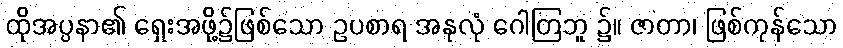
ထိုအပ္ပနာ၏ ရှေးအဖို့၌ဖြစ်သော ဥပစာရ အနုလုံ ဂေါတြဘူ ၌။ ဇာတာ၊ ဖြစ်ကုန်သော